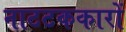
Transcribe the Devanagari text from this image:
नाटटककारों